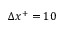
\Delta x ^ { + } = 1 0